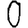
Digit: 0